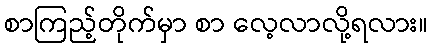
စာကြည့်တိုက်မှာ စာ လေ့လာလို့ရလား။